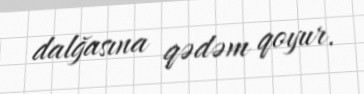
dalğasına qədəm qoyur.